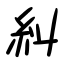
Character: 糾